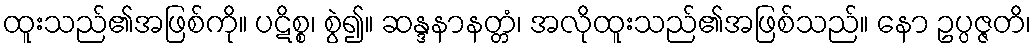
ထူးသည်၏အဖြစ်ကို။ ပဋိစ္စ၊ စွဲ၍။ ဆန္ဒနာနတ္တံ၊ အလိုထူးသည်၏အဖြစ်သည်။ နော ဥပ္ပဇ္ဇတိ၊